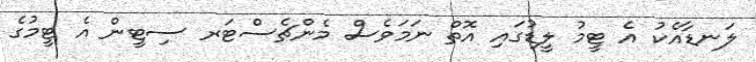
ލަނޑާއެކު އެ ޓީމު ލީޑުގައި އޮތް ނަމަވެސް މެންޗެސްޓަރ ސިޓީން އެ ޓީމުގެ